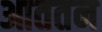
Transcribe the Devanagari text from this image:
आततन